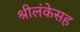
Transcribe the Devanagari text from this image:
श्रीलंकेसह